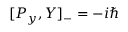
[ P _ { y } , Y ] _ { - } = - i \hbar